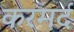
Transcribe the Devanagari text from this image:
करमर्द